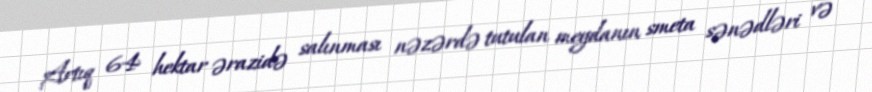
Artıq 64 hektar ərazidə salınması nəzərdə tutulan meydanın smeta sənədləri və